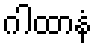
ဂါထာနံ